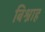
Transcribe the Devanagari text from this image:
बिश्नाह